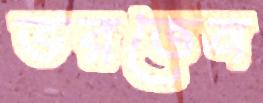
ভরতেন